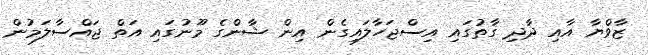
ޒާވްޔާ އާއި ދާދި ގާތުގައި އިސްޖަހާލައިގެން އިން ޝާންގެ މޫނުގައި އަތް ޖައްސާލަމުން